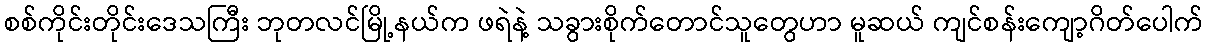
စစ်ကိုင်းတိုင်းဒေသကြီး ဘုတလင်မြို့နယ်က ဖရဲနဲ့ သခွားစိုက်တောင်သူတွေဟာ မူဆယ် ကျင်စန်းကျော့ဂိတ်ပေါက်